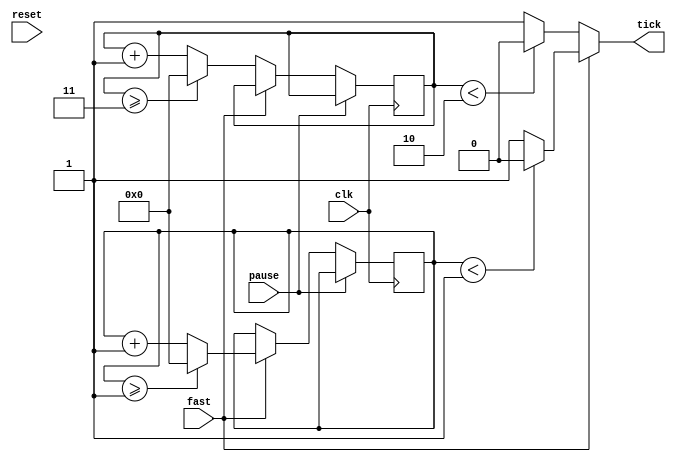

module counter1(                                              
input clk, reset, pause, fast,
output tick 
);

reg[3:0] count1 = 0, count2 = 0;

parameter DIVISOR1 = 2, DIVISOR2 = 4;

always @(posedge clk)
begin

if(!pause)
begin
 //------------Clock Divider 1--------------//
	if(fast)
	begin
		count1 <= count1 + 1;                               
		if (count1 >= DIVISOR1 - 1) count1 <= 0;   //Increases Base Clock period by 2 times
	end	
 //------------Clock Divider 2--------------//	
	if(!fast)
	begin
		count2 <= count2 + 1;                                
		if (count2 >= DIVISOR2 - 1) count2 <= 0;   //Increases Base Clock period by 4 times           
	end
end
end 
 //------------Multiplexer-----------------//
 
assign tick = (fast) ? ((count1 < DIVISOR1/2) ? 1'b0 : 1'b1) : ((count2 < DIVISOR2/2) ? 1'b0 : 1'b1);

endmodule